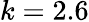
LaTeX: k=2.6